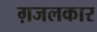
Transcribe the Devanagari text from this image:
ग़जलकार